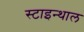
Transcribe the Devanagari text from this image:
स्टाइन्थाल